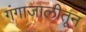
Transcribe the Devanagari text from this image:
गंगाजालीतून